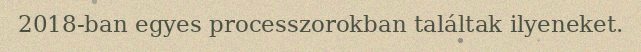
2018-ban egyes processzorokban találtak ilyeneket.